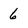
Character: 6